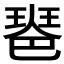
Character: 𤧲